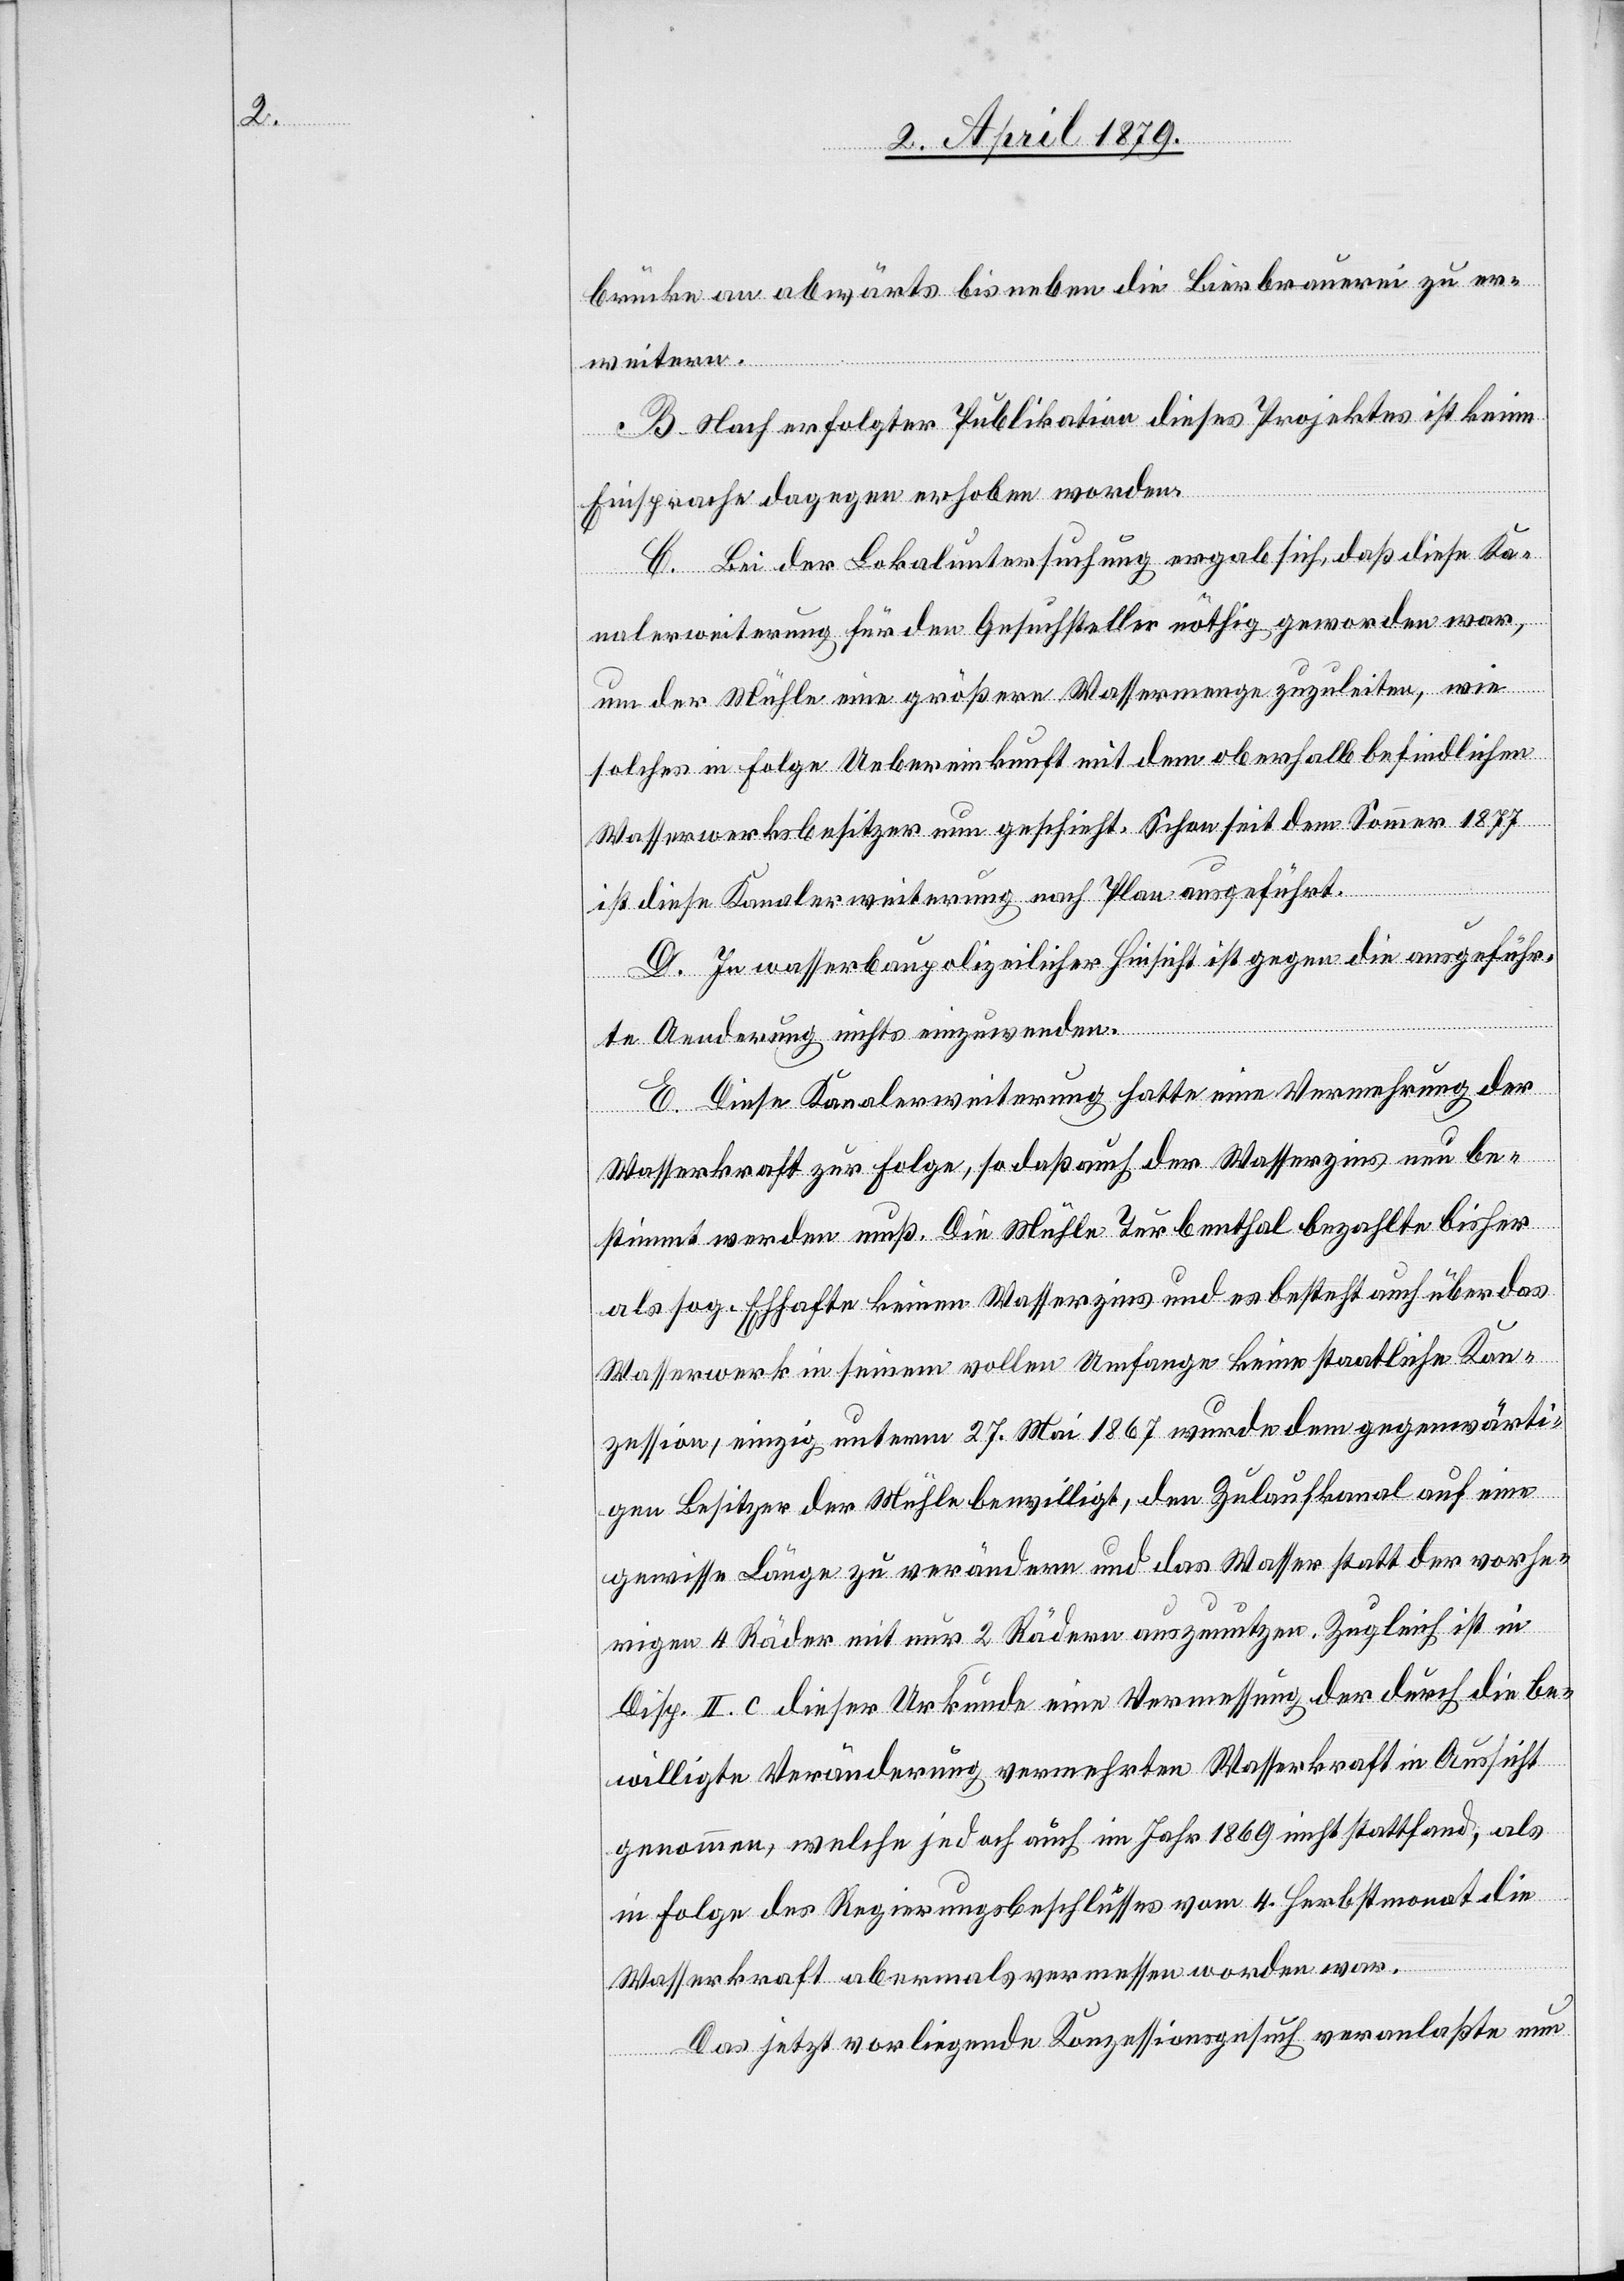
brücke an abwärts bis neben die Bierbrauerei zu er¬
weitern.
B. Nach erfolgter Publikation dieses Projektes ist keine
Einsprache dagegen erhoben worden.
C. Bei der Lokaluntersuchung ergab sich, daß diese Ka¬
nalerweiterung für den Gesuchsteller nöthig geworden war,
um der Mühle eine größere Wassermenge zuzuleiten, wie
solches in Folge Uebereinkunft mit dem oberhalb befindlichen
Wasserwerksbesitzer nun geschieht. Schon seit dem Sommer 1877
ist diese Kanalerweiterung nach Plan ausgeführt.
D. In wasserbaupolizeilicher Hinsicht ist gegen die ausgeführ¬
te Aenderung nichts einzuwenden.
E. Diese Kanalerweiterung hatte eine Vermehrung der
Wasserkraft zur Folge, so daß auch der Wasserzins nun be¬
stimmt werden muß. Die Mühle Turbenthal bezahlte bisher
als sog. Ehhafte keinen Wasserzins und es besteht auch über das
Wasserwerk in seinem vollen Umfange keine staatliche Kon¬
zession, einzig unterm 27. Mai 1867 wurde dem gegenwärti¬
gen Besitzer der Mühle bewilligt, den Zulaufkanal auf eine
gewisse Länge zu verändern und das Wasser statt der vorhe¬
rigen 4 Räder mit nur 2 Rädern auszunutzen. Zugleich ist in
Disp. II. c dieser Urkunde eine Vermessung der durch die be¬
willigte Veränderung vermehrten Wasserkraft in Aussicht
genommen, welche jedoch auch im Jahr 1869 nicht stattfand, als
in Folge des Regierungsbeschlusses vom 4. Herbstmonat die
Wasserkraft abermals vermessen worden war.
Das jetzt vorliegende Konzessionsgesuch veranlaßte nun